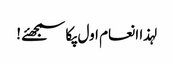
لہذا انعام اول پکا سمجھئے !